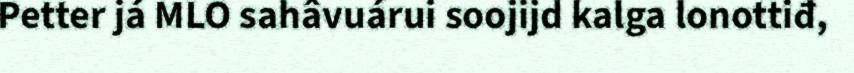
Petter já MLO sahâvuárui soojijd kalga lonottiđ,